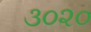
૩૦૨૦